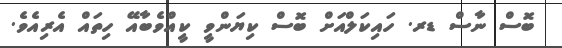
ބޮސް ނާސް ޑރ. ހައިކަލްއަށް ބޮސް ކިޔަންވީ ކީއްވެބާއޭ ހިތައް އެރިއެވެ.